Regulations for the medical services of the Army of India
Year: 1930
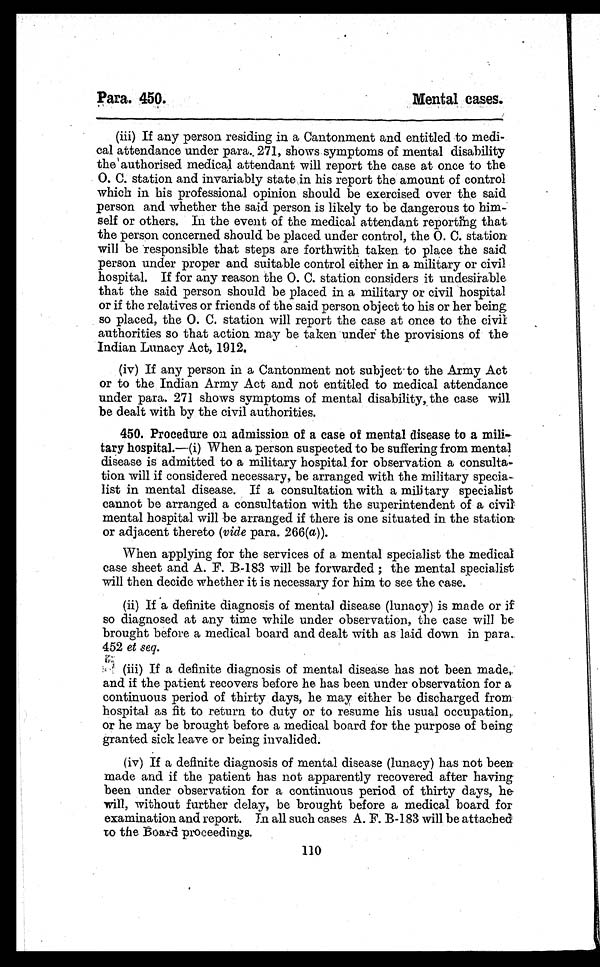
Para. 450.
Mental cases.
(iii) If any person residing in a Cantonment and entitled to medi-
cal attendance under para. 271, shows symptoms of mental disability
the authorised medical attendant will report the case at once to the
O. C. station and invariably state in his report the amount of control
which in his professional opinion should be exercised over the said
person and whether the said person is likely to be dangerous to him-
self or others. In the event of the medical attendant reporting that
the person concerned should be placed under control, the O. C. station
will be responsible that steps are forthwith taken to place the said
person under proper and suitable control either in a military or civil
hospital. If for any reason the O. C. station considers it undesirable
that the said person should be placed in a military or civil hospital
or if the relatives or friends of the said person object to his or her being
so placed, the O. C. station will report the case at once to the civil
authorities so that action may be taken under the provisions of the
Indian Lunacy Act, 1912.
(iv) If any person in a Cantonment not subject to the Army Act
or to the Indian Army Act and not entitled to medical attendance
under para. 271 shows symptoms of mental disability, the case will
be dealt with by the civil authorities.
450. Procedure on admission of a case of mental disease to a mili-
tary hospital.—(i) When a person suspected to be suffering from mental
disease is admitted to a military hospital for observation a consulta-
tion will if considered necessary, be arranged with the military specia-
list in mental disease. If a consultation with a military specialist
cannot be arranged a consultation with the superintendent of a civil
mental hospital will be arranged if there is one situated in the station
or adjacent thereto ( vide para. 266(a)).
When applying for the services of a mental specialist the medical
case sheet and A. F. B-183 will be forwarded ; the mental specialist
will then decide whether it is necessary for him to see the case.
(ii) If a definite diagnosis of mental disease (lunacy) is made or if
so diagnosed at any time while under observation, the case will be
brought before a medical board and dealt with as laid down in para.
452 et seq.
(iii) If a definite diagnosis of mental disease has not been made,
and if the patient recovers before he has been under observation for a
continuous period of thirty days, he may either be discharged from
hospital as fit to return to duty or to resume his usual occupation,
or he may be brought before a medical board for the purpose of being
granted sick leave or being invalided.
(iv) If a definite diagnosis of mental disease (lunacy) has not been
made and if the patient has not apparently recovered after having
been under observation for a continuous period of thirty days, he
will, without further delay, be brought before a medical board for
examination and report. In all such cases A. F. B-183 will be attached
to the Board proceedings.
110